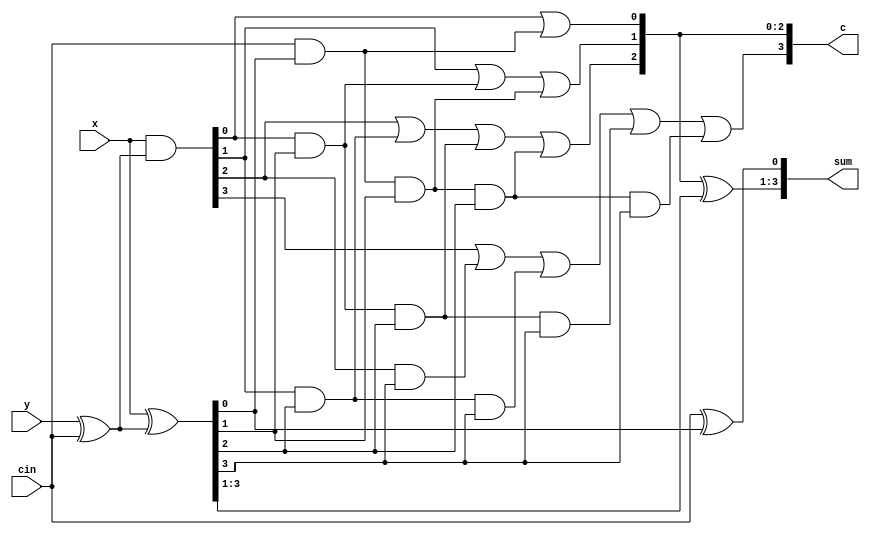
module cla(x, y, cin, sum, c);

input wire [3:0] x, y;
input wire cin;
output wire [3:0] sum;

output wire [3:0] c;
wire [3:0] p, g;

assign g = x & (y ^ cin);
assign p = x ^ (y ^ cin);

assign c[0] = g[0] | cin & p[0];
assign c[1] = g[1] | g[0] & p[1] | cin & p[0] & p[1];
assign c[2] = g[2] | g[1] & p[2] | g[0] & p[1] & p[2] | cin & p[0] & p[1] & p[2];
assign c[3] = g[3] | g[2] & p[3] | g[1] & p[2] & p[3] | g[0] & p[1] & p[2] & p[3] | cin & p[0] & p[1] & p[2] & p[3];

assign sum[0] = cin ^ p[0];
assign sum[3:1] = c[2:0] ^ p[3:1];
endmodule